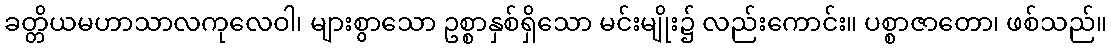
ခတ္တိယမဟာသာလကုလေဝါ၊ များစွာသော ဥစ္စာနှစ်ရှိသော မင်းမျိုး၌ လည်းကောင်း။ ပစ္စာဇာတော၊ ဖစ်သည်။